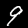
Label: 9